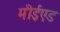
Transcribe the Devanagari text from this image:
मीईएड